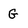
Character: G